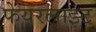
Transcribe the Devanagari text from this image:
फेयरलाइट